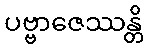
ပဗ္ဗာဇေဿန္တိ